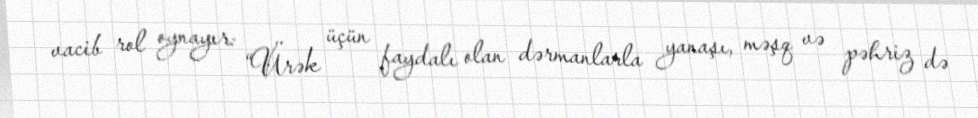
vacib rol oynayır: “Ürək üçün faydalı olan dərmanlarla yanaşı, məşq və pəhriz də